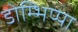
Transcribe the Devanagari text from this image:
डोम्भिप्पा